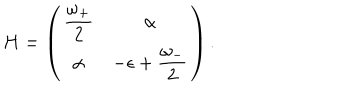
LaTeX: H = \left( \begin{matrix} { { \displaystyle { \frac { \omega _ { + } } { 2 } } } } & { { \alpha } } \\ { { \alpha } } & { { \displaystyle - \epsilon + { \frac { \omega _ { - } } { 2 } } } } \\ \end{matrix} \right) .